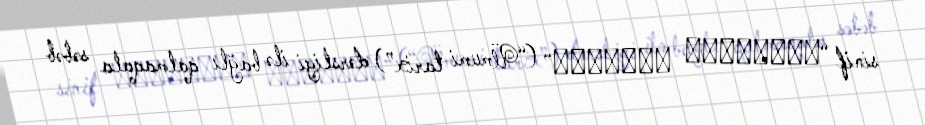
sinif “Всеобщая история” (“Ümumi tarix”) dərsliyi ilə bağlı qalmaqala səbəb